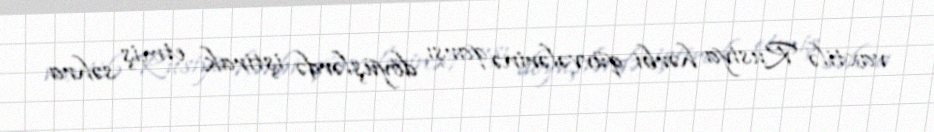
vaxtilə Rusiya hərbi qüvvələrinə qarşı döyüşlərdə iştirak etmiş səhra